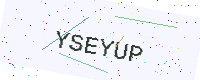
Text: YSEYUP